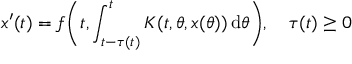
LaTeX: x ^ { \prime } ( t ) = f { \Biggl ( } t , \int _ { t - \tau ( t ) } ^ { t } K ( t , \theta , x ( \theta ) ) \, \mathrm { d } \theta { \Biggr ) } , \quad \tau ( t ) \geq 0